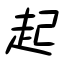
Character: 起